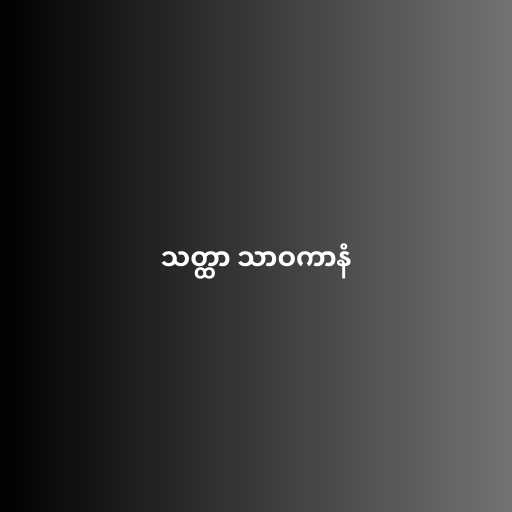
သတ္ထာ သာဝကာနံ